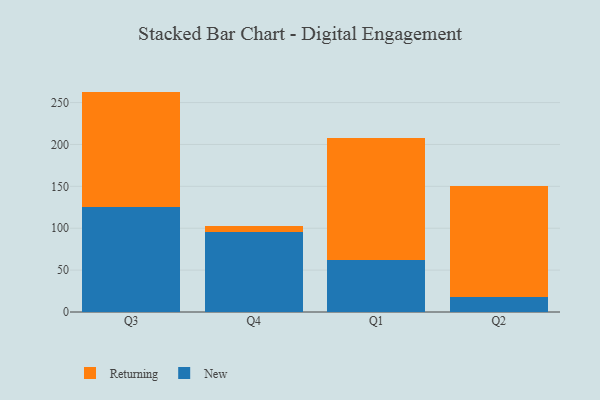
{"axis": {"x": "Quarter", "y": "Tickets Resolved"}, "legend": ["New", "Returning"], "data": [{"x": "Q3", "y": 125.1, "type": "New"}, {"x": "Q3", "y": 138.0, "type": "Returning"}, {"x": "Q4", "y": 95.0, "type": "New"}, {"x": "Q4", "y": 7.3, "type": "Returning"}, {"x": "Q1", "y": 62.1, "type": "New"}, {"x": "Q1", "y": 146.2, "type": "Returning"}, {"x": "Q2", "y": 18.3, "type": "New"}, {"x": "Q2", "y": 132.4, "type": "Returning"}]}